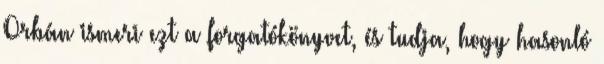
Orbán ismeri ezt a forgatókönyvet, és tudja, hogy hasonló